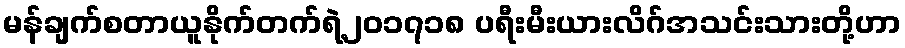
မန်ချက်စတာယူနိုက်တက်ရဲ့၂၀၁၇၁၈ ပရီးမီးယားလိဂ်အသင်းသားတို့ဟာ